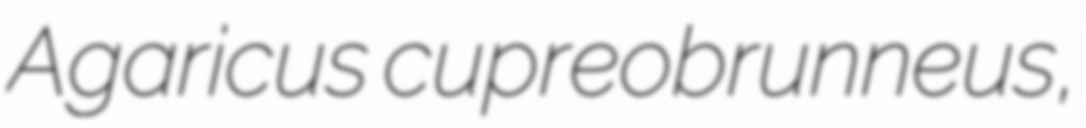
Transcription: Agaricus cupreobrunneus,